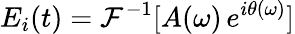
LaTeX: E_{i}(t)=\mathcal{F}^{-1}[A(\omega)\, e^{i\theta(\omega)}]